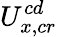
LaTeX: U_{x,cr}^{cd}